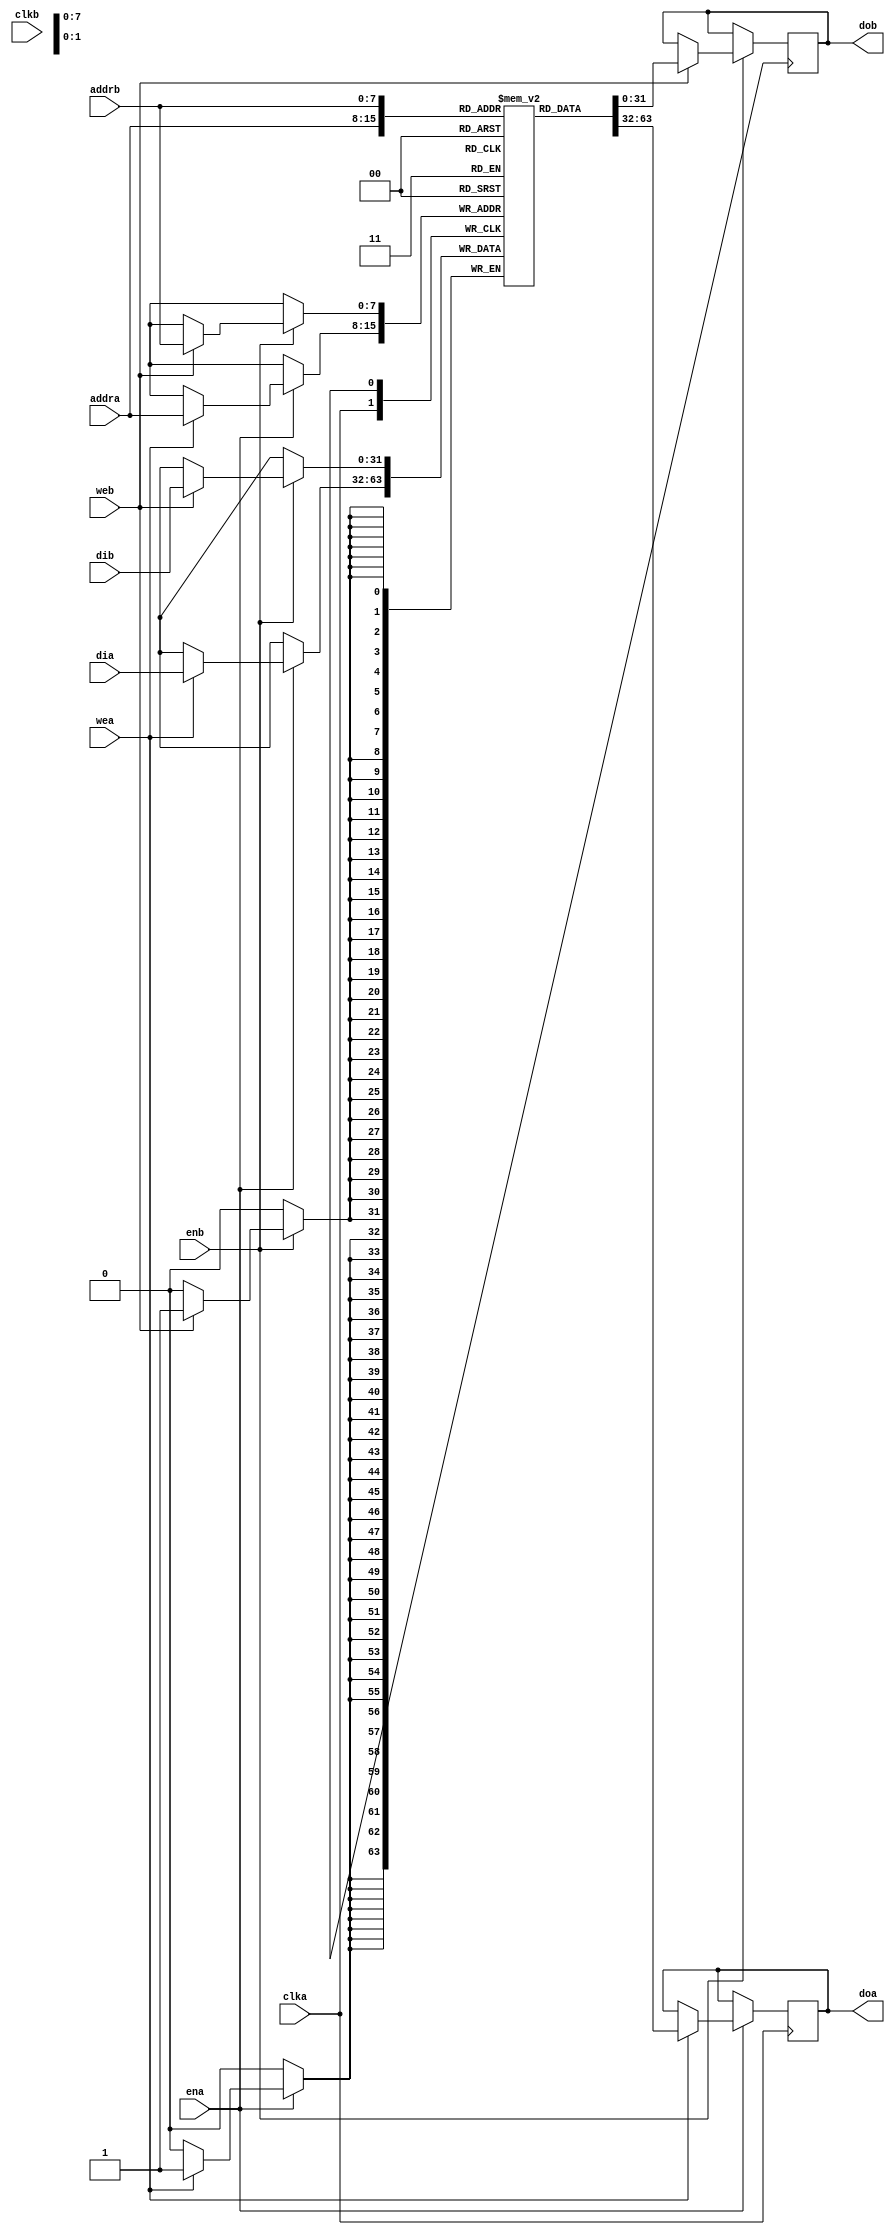
module dual_ported_bram #(parameter value_width = 32, parameter index_width = 8, parameter processing_engines = 4)
(clka, clkb, ena, enb, wea, web, addra, addrb, dia, dib, doa, dob);
input clka, clkb, ena, enb, wea, web;
input [index_width-1:0] addra, addrb;
input [value_width-1:0] dia, dib;
output [value_width-1:0] doa, dob;
reg [value_width-1:0] bram [2**index_width - 1:0];
reg  [value_width-1:0] doa, dob;

always @(posedge clka) begin
    if (ena) begin
        if (wea) begin
            bram[addra] <= dia;
        doa <= bram[addra];
        end
    end
end

always @(posedge clk) begin
    if (enb) begin
        if (web) begin
            bram[addrb] <= dib;
        dob <= bram[addrb];
        end
    end
end

endmodule